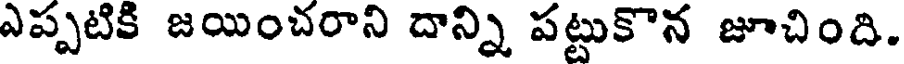
ఎప్పటికి జయించరాని దాన్ని పట్టుకొన జూచింది.